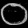
Digit: ၀